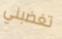
تغضبني